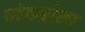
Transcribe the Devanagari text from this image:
पांड्यांना